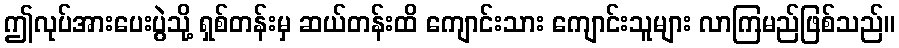
ဤလုပ်အားပေးပွဲသို့ ရှစ်တန်းမှ ဆယ်တန်းထိ ကျောင်းသား ကျောင်းသူများ လာကြမည်ဖြစ်သည်။